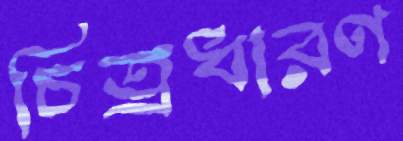
চিত্রধারণ